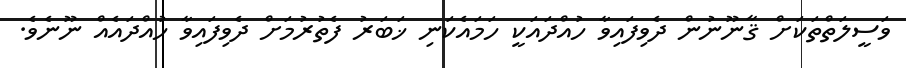
ވަސީލަތްތަކަށް ޤާނޫނުން ދެވިފައިވާ ހުއްދައަކީ ހަމައެކަނި ޚަބަރު ފެތުރުމަށް ދެވިފައިވާ ހުއްދައެއް ނޫނެވެ.